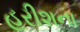
હરીશના